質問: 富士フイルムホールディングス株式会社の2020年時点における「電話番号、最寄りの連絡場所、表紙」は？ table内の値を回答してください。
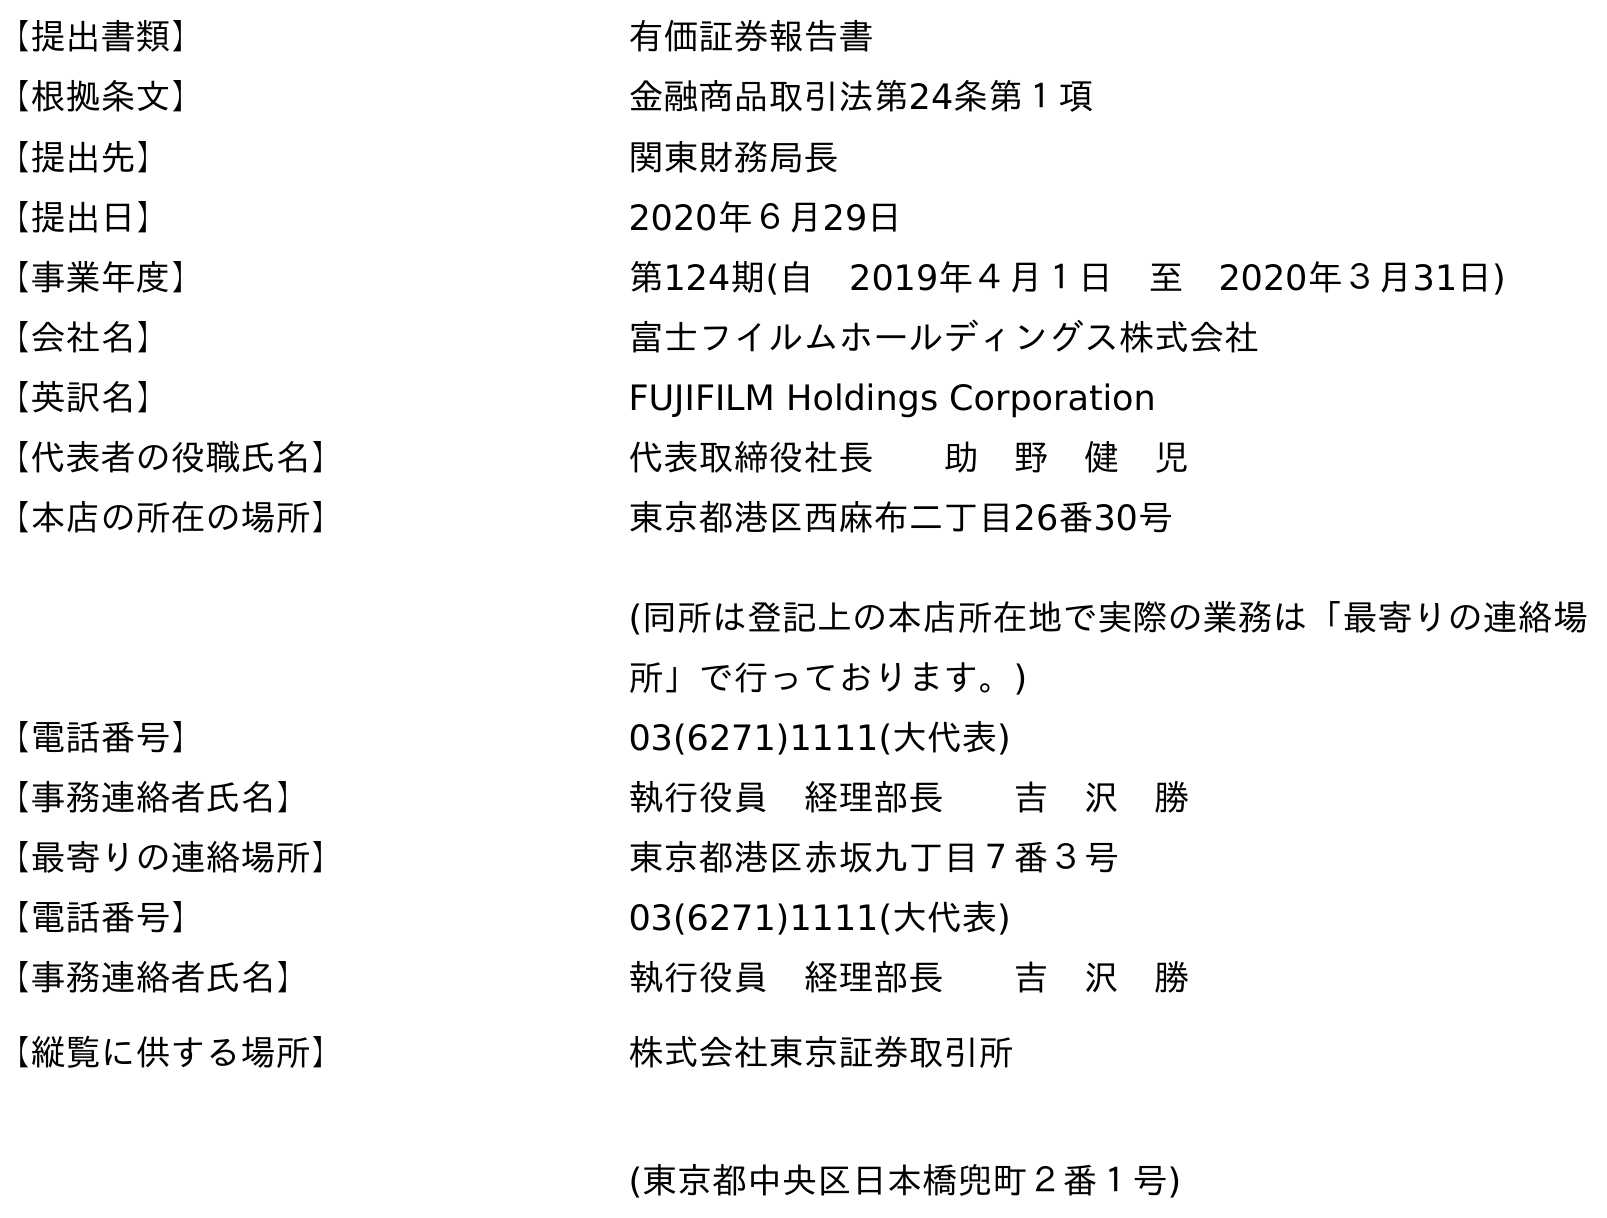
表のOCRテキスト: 【提出書類】 有価証券報告書 【根拠条文】 金融商品取引法第24条第１項 【提出先】 関東財務局長 【提出日】 2020年６月29日 【事業年度】 第124期(自 2019年４月１日 至 2020年３月31日) 【会社名】 富士フイルムホールディングス株式会社 【英訳名】 FUJIFILM Holdings Corporation 【代表者の役職氏名】 代表取締役社長  助 野 健 児 【本店の所在の場所】 東京都港区西麻布二丁目26番30号 (同所は登記上の本店所在地で実際の業務は「最寄りの連絡場 所」で行っております。) 【電話番号】 03(6271)1111(大代表) 【事務連絡者氏名】 執行役員 経理部長  吉 沢 勝 【最寄りの連絡場所】 東京都港区赤坂九丁目７番３号 【電話番号】 03(6271)1111(大代表) 【事務連絡者氏名】 執行役員 経理部長  吉 沢 勝 【縦覧に供する場所】 株式会社東京証券取引所 (東京都中央区日本橋兜町２番１号)
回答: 03(6271)1111(大代表)